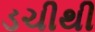
ડચીથી